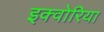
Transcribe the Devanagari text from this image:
इक्वोरिया